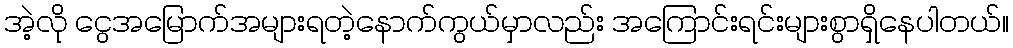
အဲ့လို ငွေအမြောက်အများရတဲ့နောက်ကွယ်မှာလည်း အကြောင်းရင်းများစွာရှိနေပါတယ်။